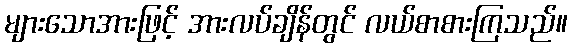
များသောအားဖြင့် အားလပ်ချိန်တွင် လယ်စာစားကြသည်။